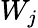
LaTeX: W_{j}